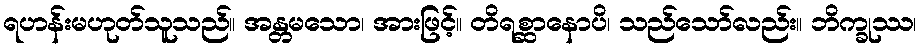
ရဟန်းမဟုတ်သူသည်။ အန္တမသော၊ အားဖြင့်။ တိရစ္ဆာနောပိ၊ သည်သော်လည်း။ ဘိက္ခုဿ၊